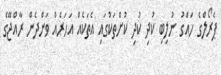
ޕެރޯލްގެ ހައްގު ނުލިބި ކުދި ކުދި ކުށްތަކުގައި އެތަކެއް އަހަރެއް ވަންދެން ރާއްޖޭގެ